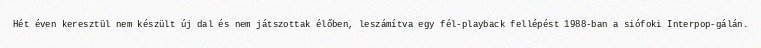
Hét éven keresztül nem készült új dal és nem játszottak élőben, leszámítva egy fél-playback fellépést 1988-ban a siófoki Interpop-gálán.